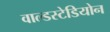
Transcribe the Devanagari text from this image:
वाल्डस्टेडियोन